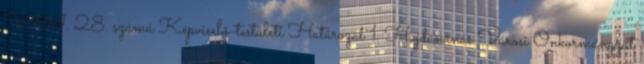
VIII. 28. számú Képviselő-testületi Határozat 1. Hajdúnánás Városi Önkormányzat